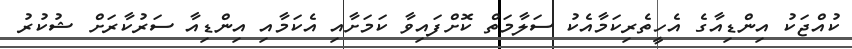
ކުއްޖަކު އިންޑިއާގެ އެހީތެރިކަމާއެކު ސަލާމަތް ކޮށްފައިވާ ކަަމަށާއި އެކަމާއި އިންޑިއާ ސަރުކާރަށް ޝުކުރު